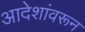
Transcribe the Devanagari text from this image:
आदेशांवरून